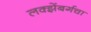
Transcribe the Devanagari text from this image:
लक्झेंबर्गचा